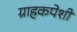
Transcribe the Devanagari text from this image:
ग्राहकपेशी